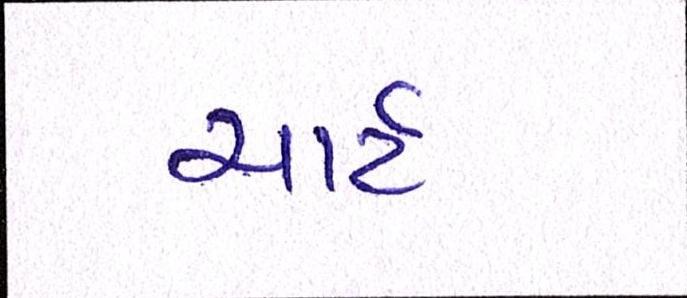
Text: ચાર્ટ